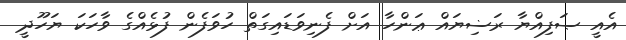
އެއީ ޞަފިއްޔާ ރަޟިޔައް ޢަންހާ އަށް ފެނިވަޑައިގަތް ހުވަފެން ފުޅެއްގެ ވާހަކަ ޔަހޫދީ